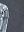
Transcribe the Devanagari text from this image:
भमि